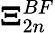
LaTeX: \boldsymbol{\Xi}_{2n}^{BF}